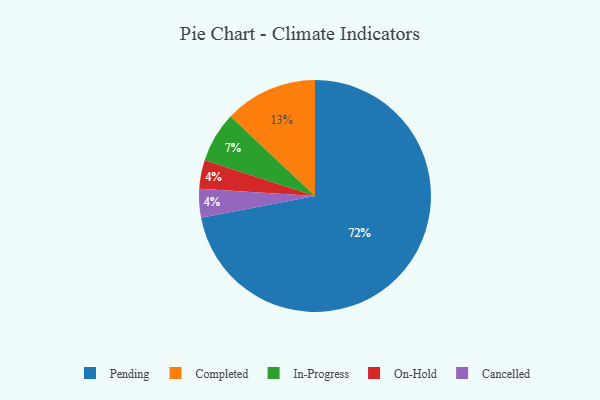
{"axis": {"x": "Category", "y": "Percentage"}, "legend": ["Cancelled", "Completed", "In-Progress", "On-Hold", "Pending"], "data": [{"x": "On-Hold", "y": 4, "type": "On-Hold"}, {"x": "Completed", "y": 13, "type": "Completed"}, {"x": "In-Progress", "y": 7, "type": "In-Progress"}, {"x": "Pending", "y": 72, "type": "Pending"}, {"x": "Cancelled", "y": 4, "type": "Cancelled"}]}